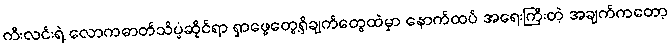
ကီးလင်းရဲ့ လောကဓာတ်သိပ္ပံဆိုင်ရာ ရှာဖွေတွေ့ရှိချက်တွေထဲမှာ နောက်ထပ် အရေးကြီးတဲ့ အချက်ကတော့